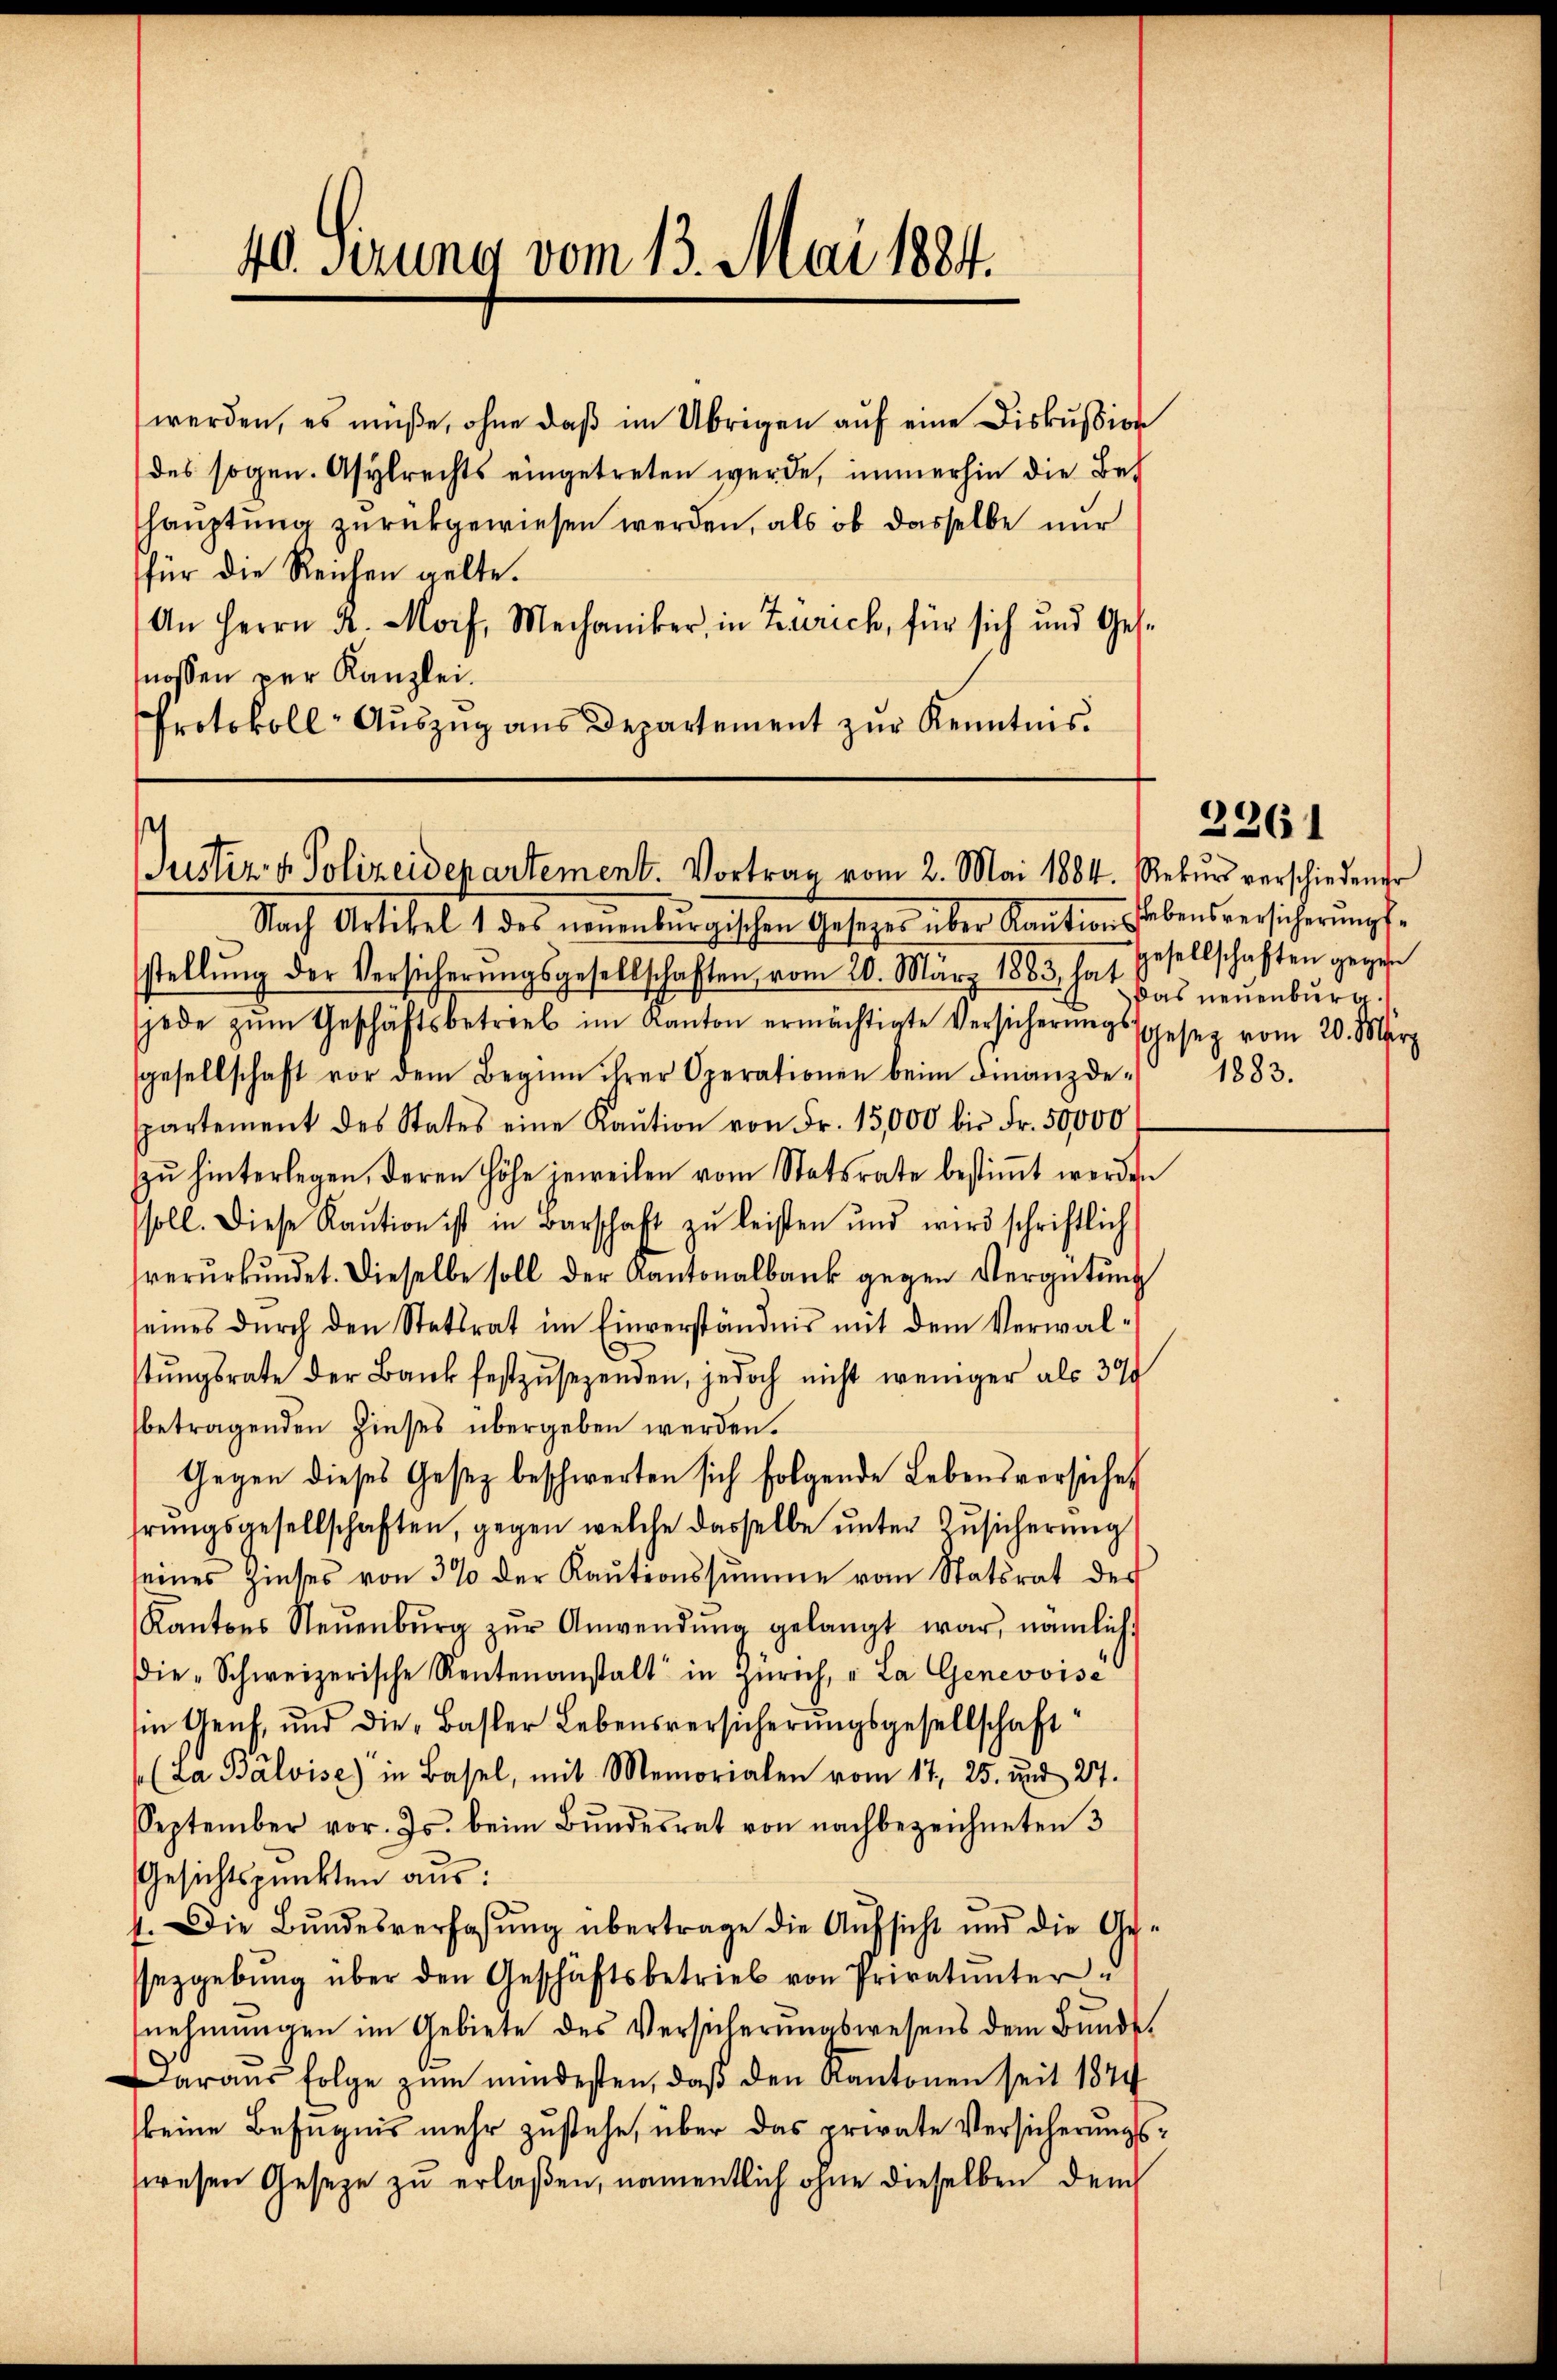
40. Sierung vom 13. Mai 1884.

werden, es müße, ohne daß im Übrigen auf eine Diskussion
des sogen. Asylrechts eingetreten werde, immerhin die Behauptung zurückgewiesen werden, als ob dasselbe nur
für die Reichen gelte.
An Herrn A. Morf, Mechaniker, in Zürich, für sich und Gese
nossen per Kanzlei.
Protokoll- Aŭszŭg ans Departement zŭr Kenntnis.

Justiz- & Polizeidenartement. Vortrag vom 2. Mai 1884. Rekŭrs verschiedener

Nach Artikel 1 des neuenburgischen Gesetzes über Kantion habensversicherungsstellŭng der Versicherŭngsgesellschaften vom 20. März 1883 hat Gesellschaften gegen
jede zŭm Geschäftsbetrieb im Kanton ermächtigte Versicherŭngsgeses vom 20. Merz
gesellschaft vor dem Beginn ihrer Operationen beim Finanzde-
spartement des States eine Kaŭtion von Fr. 15,000 bis Fr. 50,000
ŭ hinterlegen, deren Höhe jeweilen vom Statsrate bestiṁt werden
soll. Diese Kaŭtion ist in Barschaft zŭ leisten und wird schriftlich
verŭrkŭndet. Dieselbe soll der Kantonalbank gegen Vergütŭng
eines durch den Statsrat im Einverständnis mit dem Verwalstungsrate der Bank festzusezenden, jedoch nicht weniger als 37
betragenden Zinses übergeben werden.
Gegen dieses Gesez beschwerten sich folgende Lebensversichet
hrungsgesellschaften, gegen welche dasselbe unter Zusicherung
eines Zinses von 3% der Kaŭtionssumme vom Statsrat des
Kantons Neŭenbŭrg zŭr Anwendŭng gelangt war, nämlich
die „Schweizerische Rentenanstalt in Zürich, u. La Genevoisi
sie Genf, und die „Basler Lebensversicherungsgesellschaft
(La Bálvise) in Basel, mit Memorialen vom 17. 25. und 27.
September vor. Js. beim Bŭndesrat von nachbezeichneten 3
Gesichtspunkten aus:
4. Die Bŭndesverhasŭng übertrage die Aufsicht und die Ge-
sseggebŭng über den Geschäftsbetrieb von Privatunter
nehmungen im Gebiete des Versicherungswesens dem Bunde¬
Daraus folge zŭm mindesten, daβ den Kantonen seit 1874
keine Befugnis mehr zustehe, über das private Versicherungswesen Gesetze zu erlaßen, namentlich ohne dieselben dem

2261

Das neuenburg.
1883.